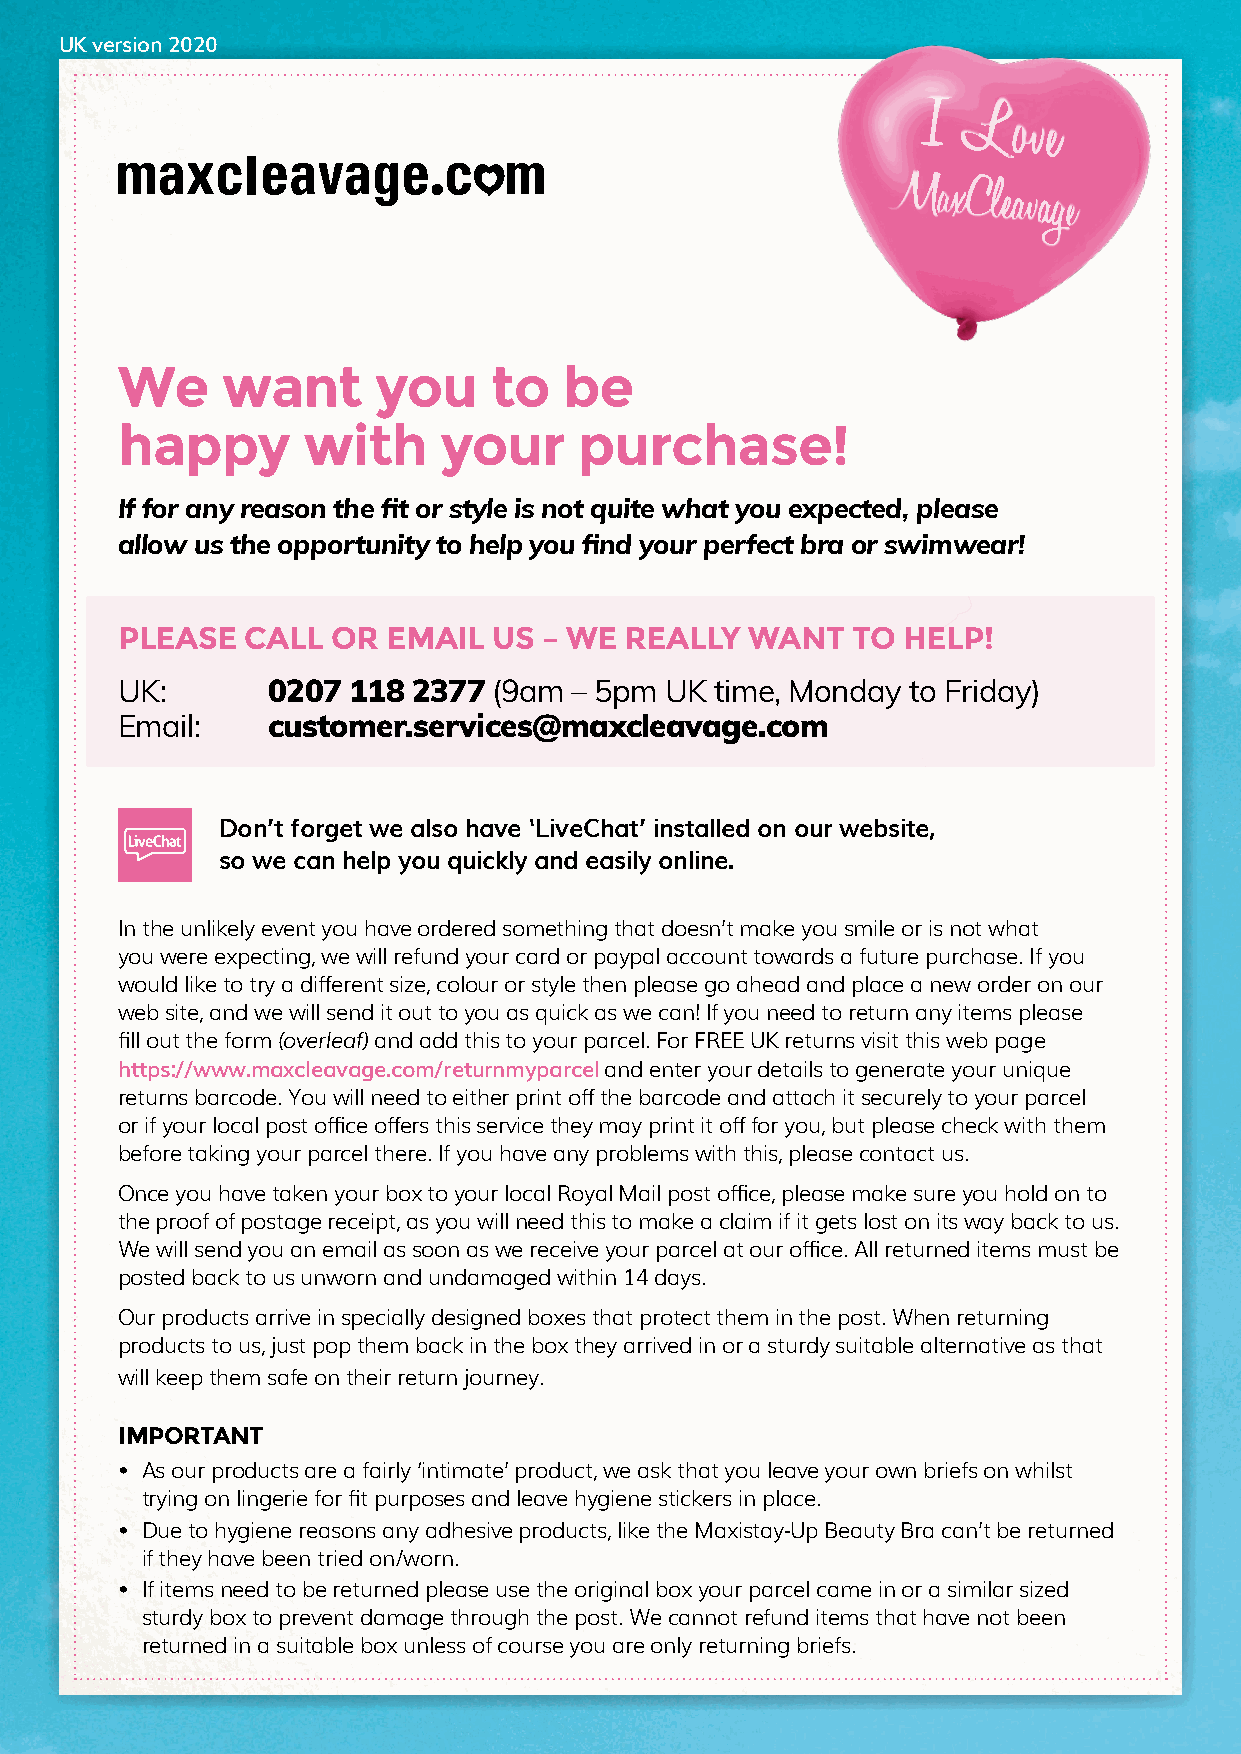
UK version 2020
 I
 Love
 MaxCleavage
 We     want      you    to   be
 happy       with     your     purchase!
 If for any reason the fit or style is not quite what you expected, please
 allow us the opportunity to help you find your perfect bra or swimwear!
 PLEASE  CALL  OR  EMAIL  US – WE REALLY   WANT  TO  HELP!
 UK:       0207 118 2377  (9am – 5pm UK time, Monday to Friday)
 Email:    customer.services@maxcleavage.com
 Don’t forget we also have ‘LiveChat’ installed on our website,
 so we can help you quickly and easily online.
 In the unlikely event you have ordered something that doesn’t make you smile or is not what
 you were expecting, we will refund your card or paypal account towards a future purchase. If you
 would like to try a different size, colour or style then please go ahead and place a new order on our
 web site, and we will send it out to you as quick as we can! If you need to return any items please
 fill out the form (overleaf) and add this to your parcel. For FREE UK returns visit this web page
 https://www.maxcleavage.com/returnmyparcel and enter your details to generate your unique
 returns barcode. You will need to either print off the barcode and attach it securely to your parcel
 or if your local post office offers this service they may print it off for you, but please check with them
 before taking your parcel there. If you have any problems with this, please contact us.
 Once you have taken your box to your local Royal Mail post office, please make sure you hold on to
 the proof of postage receipt, as you will need this to make a claim if it gets lost on its way back to us.
 We will send you an email as soon as we receive your parcel at our office. All returned items must be
 posted back to us unworn and undamaged within 14 days.
 Our products arrive in specially designed boxes that protect them in the post. When returning
 products to us, just pop them back in the box they arrived in or a sturdy suitable alternative as that
 will keep them safe on their return journey.
 IMPORTANT
 • As our products are a fairly ‘intimate’ product, we ask that you leave your own briefs on whilst
 trying on lingerie for fit purposes and leave hygiene stickers in place.
 • Due to hygiene reasons any adhesive products, like the Maxistay-Up Beauty Bra can’t be returned
 if they have been tried on/worn.
 • If items need to be returned please use the original box your parcel came in or a similar sized
 sturdy box to prevent damage through the post. We cannot refund items that have not been
 returned in a suitable box unless of course you are only returning briefs.